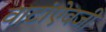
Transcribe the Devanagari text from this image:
वाटांऐवजी